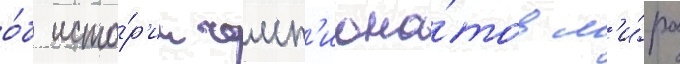
о́б исто́р'ии чемп'иона́тов м'и́ра